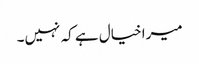
میرا خیال ہے کہ نہیں۔